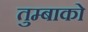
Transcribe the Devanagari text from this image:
तुम्बाको